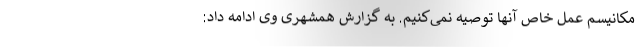
مکانیسم عمل خاص آنها توصیه نمی‌کنیم. به گزارش همشهری وی ادامه داد: